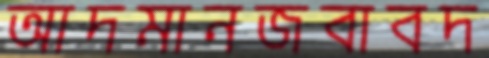
আদমানজবাবদ